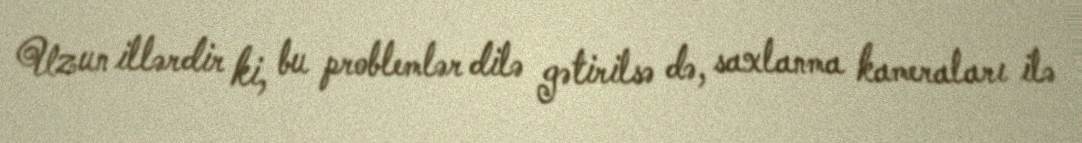
Uzun illərdir ki, bu problemlər dilə gətirilsə də, saxlanma kameraları ilə